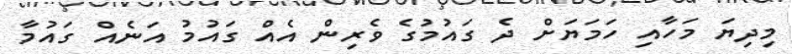
މިދިޔަ މަހާއި ހަމަޔަށް ދެ ގައުމުގެ ވެރިން އެއް ގައުމު އަނެއް ގައުމާ